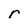
Character: r